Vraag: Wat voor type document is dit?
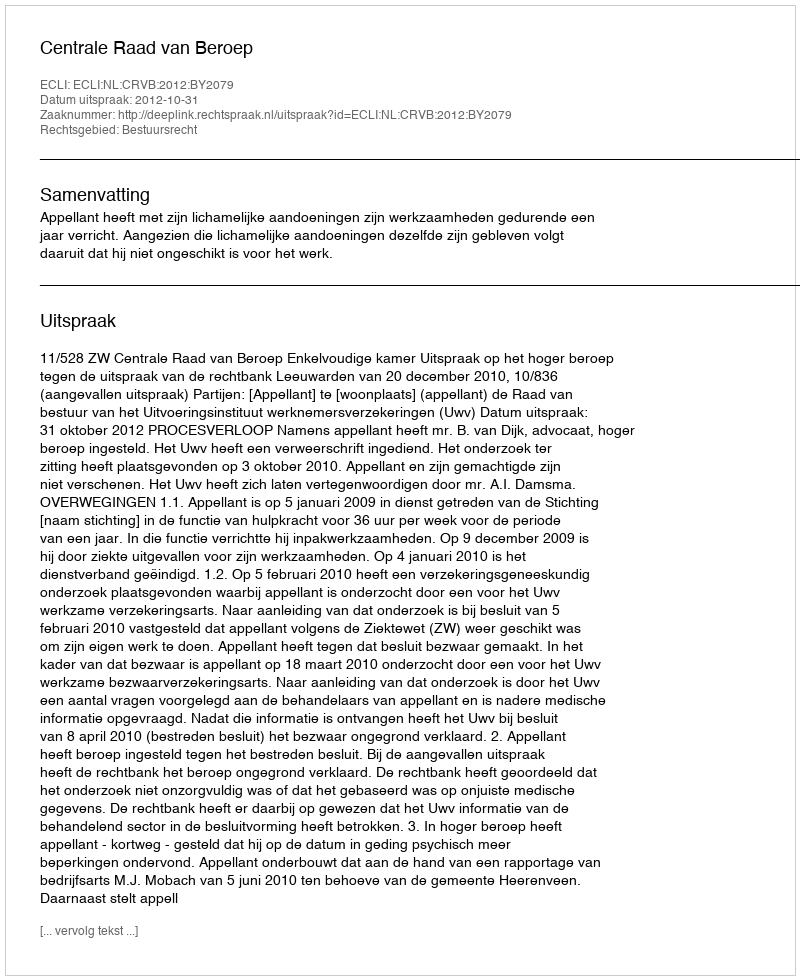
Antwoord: Uitspraak